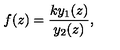
f ( z ) = \frac { k y _ { 1 } ( z ) } { y _ { 2 } ( z ) } ,